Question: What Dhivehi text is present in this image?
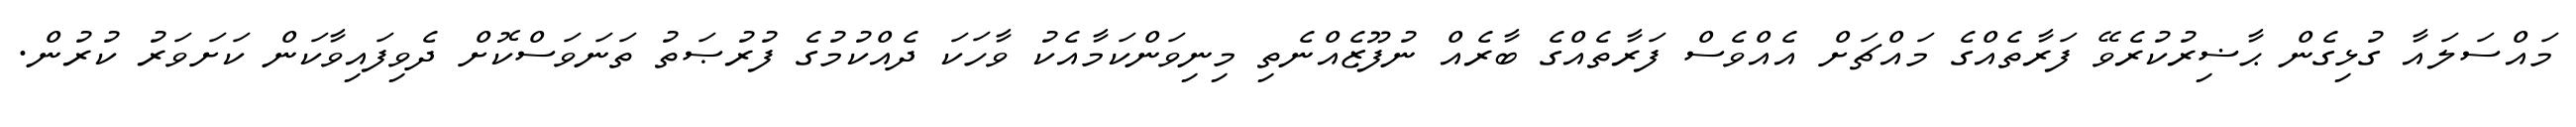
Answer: މައްސަލައާ ގުޅިގެން ޙާޟިރުކުރެވޭ ފަރާތެއްގެ މައްޗަށް އެއްވެސް ފަރާތެއްގެ ބާރެއް ނުފޫޒެއްނެތި މިނިވަންކަމާއެކު ވާހަކަ ދެއްކުމުގެ ފުރުޞަތު ތަނަވަސްކޮށް ދެވިފައިވާކަން ކަށަވަރު ކުރުން.